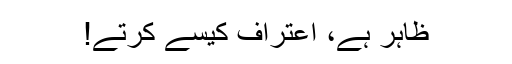
ظاہر ہے، اعتراف کیسے کرتے!